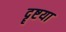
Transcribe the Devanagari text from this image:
दॄष्टया